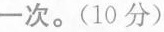
一次.(10分)